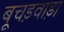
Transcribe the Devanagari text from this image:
बूचड़वाड़ा